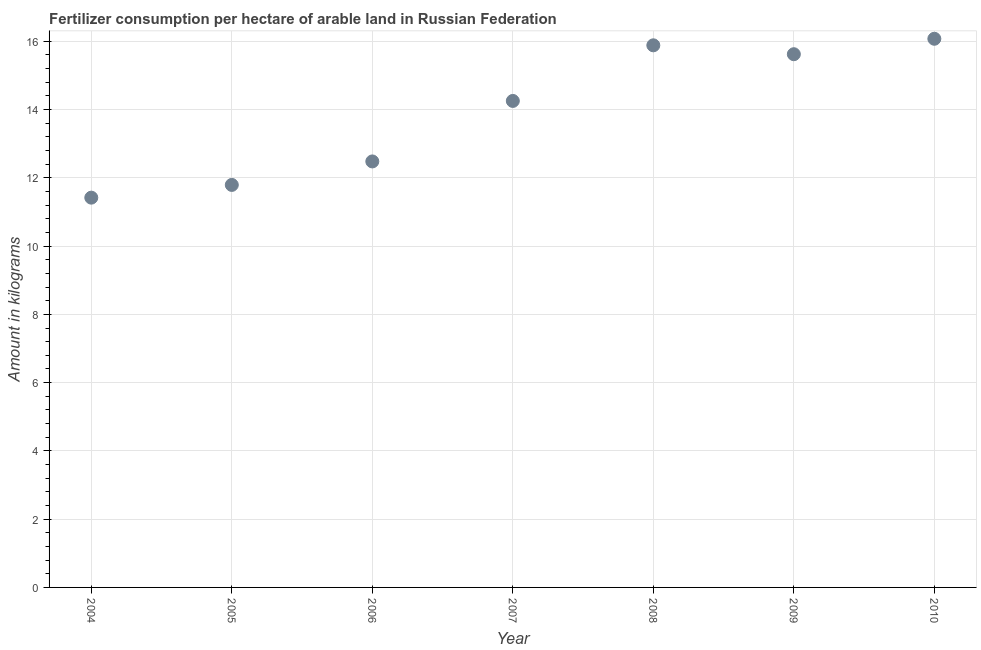
| Year | Fertilizer consumption |
 | --- | --- |
 | 2004 | 11.4 |
 | 2005 | 11.8 |
 | 2006 | 12.5 |
 | 2007 | 14.3 |
 | 2008 | 15.9 |
 | 2009 | 15.6 |
 | 2010 | 16.1 |